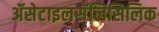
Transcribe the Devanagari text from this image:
ॲसेटाइलसॅलिसिलिक